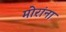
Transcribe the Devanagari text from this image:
मोरांना